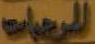
الرحبات